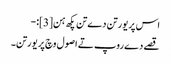
اس پریورتن دے تن پکھ ہن[3]:-
قصے دے روپ تے اصول وچ پریورتن۔